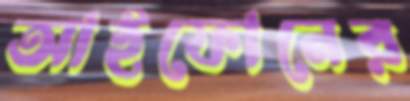
আইফোনের